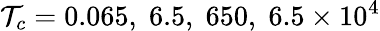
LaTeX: \mathcal{T}_{c}=0.065,\; 6.5,\; 650,\; 6.5\times 10^{4}